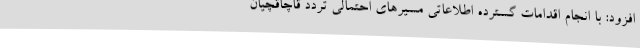
افزود: با انجام اقدامات گسترده اطلاعاتی مسیرهای احتمالی تردد قاچاقچیان